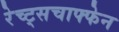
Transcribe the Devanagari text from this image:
रेच्ट्सचाफ्फेन